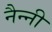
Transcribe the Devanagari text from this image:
नैन्नी